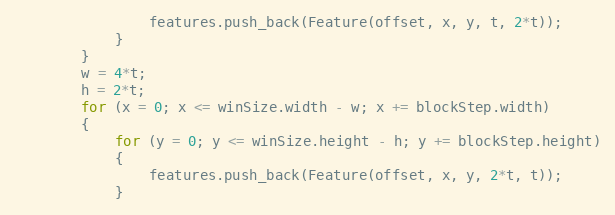
Language: C++
                features.push_back(Feature(offset, x, y, t, 2*t));
            }
        }
        w = 4*t;
        h = 2*t;
        for (x = 0; x <= winSize.width - w; x += blockStep.width)
        {
            for (y = 0; y <= winSize.height - h; y += blockStep.height)
            {
                features.push_back(Feature(offset, x, y, 2*t, t));
            }